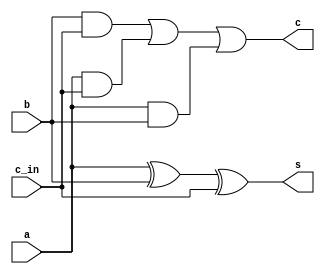
/**
 * @ Author: German Cano Quiveu, germancq
 * @ Create Time: 2019-11-28 17:30:58
 * @ Modified by: Your name
 * @ Modified time: 2019-11-28 17:34:42
 * @ Description:
 */

module full_adder (
    input a,
    input b,
    input c_in,
    output c, 
    output s
);

    assign s = a ^ b ^ c_in;
    assign c = (b & c_in) | (a & c_in) | (a & b);

endmodule